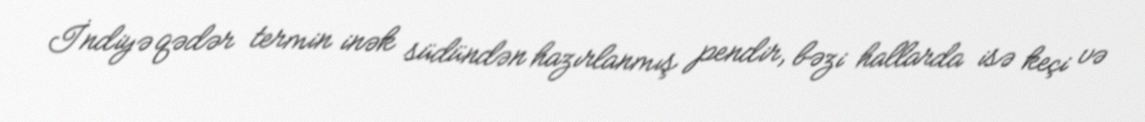
İndiyə qədər termin inək südündən hazırlanmış pendir, bəzi hallarda isə keçi və